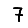
Digit: 7